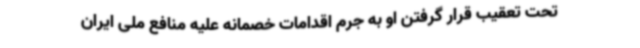
تحت تعقیب قرار گرفتن او به جرم اقدامات خصمانه علیه منافع ملی ایران